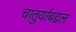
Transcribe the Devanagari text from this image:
चातुर्याबद्दल